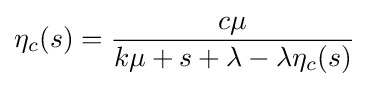
\eta _{c}(s)={\frac {c\mu }{k\mu +s+\lambda -\lambda \eta _{c}(s)}}